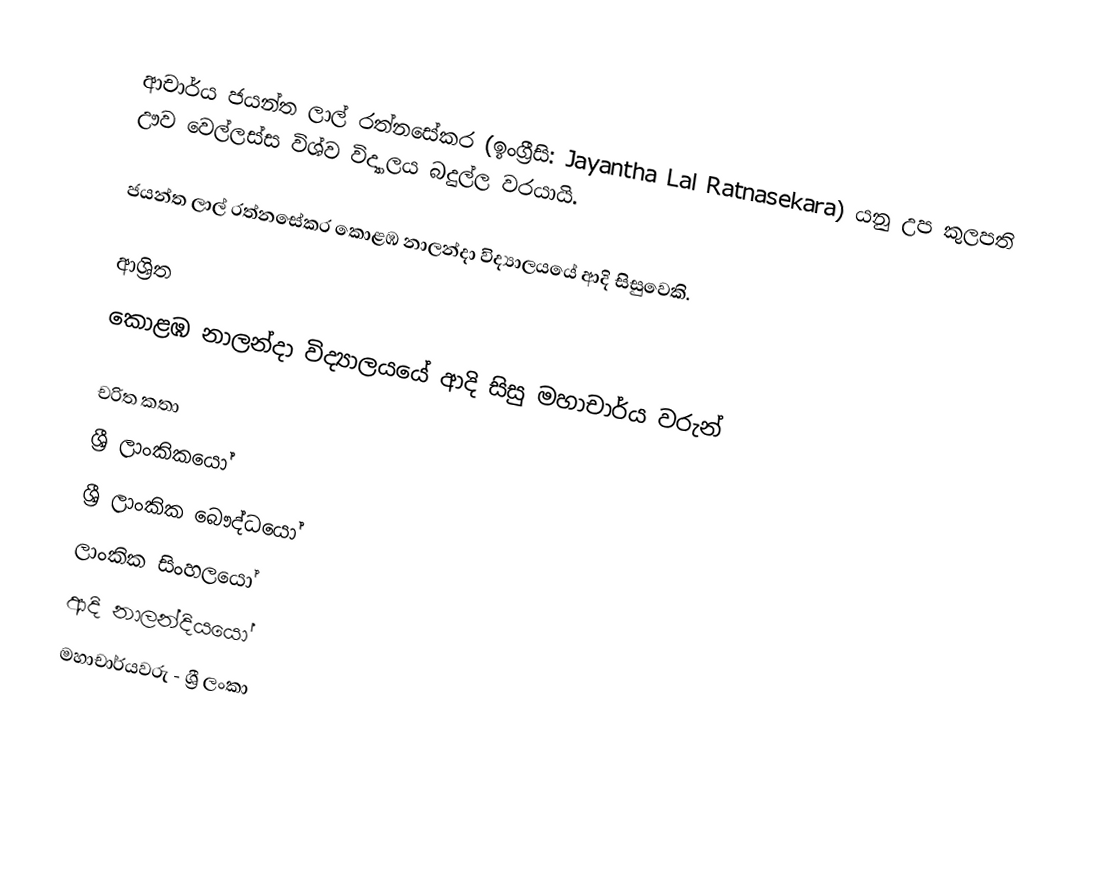
ආචාර්ය ජයන්ත ලාල් රත්නසේකර  (ඉංග්‍රීසි: Jayantha Lal Ratnasekara) යනු  උප කුලපති ඌව වෙල්ලස්ස විශ්ව විද්‍යාලය බදුල්ල වරයායි.

ජයන්ත ලාල් රත්නසේකර  කොළඹ නාලන්දා විද්‍යාලයයේ ආදි සිසුවෙකි.

ආශ්‍රිත
 කොළඹ නාලන්දා විද්‍යාලයයේ ආදි සිසු මහාචාර්ය වරුන්

චරිත කතා
ශ්‍රී ලාංකිකයෝ
ශ්‍රී ලාංකික බෞද්ධයෝ
ලාංකික සිංහලයෝ
ආදි නාලන්දියයෝ
මහාචාර්යවරු - ශ්‍රී ලංකා